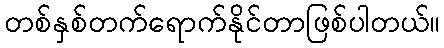
တစ်နှစ်တက်ရောက်နိုင်တာဖြစ်ပါတယ်။